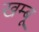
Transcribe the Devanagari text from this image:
खम्बू